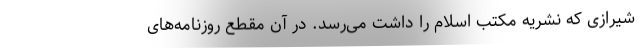
شیرازی که نشریه مکتب اسلام را داشت می‌رسد. در آن مقطع روزنامه‌های